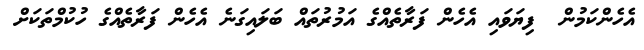
އެހެންކަމުން  ފިޔަވައި އެހެން ފަރާތެއްގެ އަމުރުތައް ބަލައިގަނެ އެހެން ފަރާތެއްގެ ހުކުމްތަކަށް